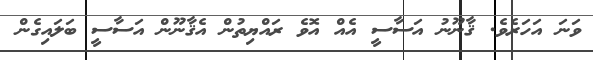
ވަނަ އަހަރެވެ. ޤާނޫނު އަސާސީ އެއް އޮވެ ރައްޔިތުން އެޤާނޫން އަސާސީ ބަލައިގެން